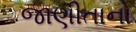
જાણીતાનો